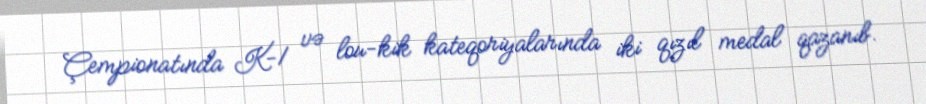
Çempionatında K-1 və lou-kik kateqoriyalarında iki qızıl medal qazanıb.